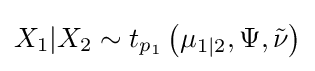
X_{1}|X_{2}\sim t_{p_{1}}\left(\mu _{1|2},\Psi ,{\tilde {\nu }}\right)